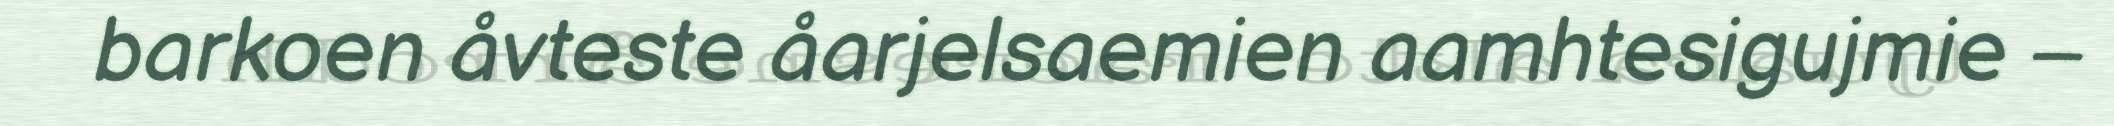
barkoen åvteste åarjelsaemien aamhtesigujmie –